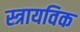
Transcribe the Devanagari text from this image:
स्त्रायविक